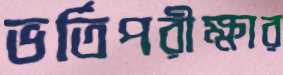
ভর্তিপরীক্ষার